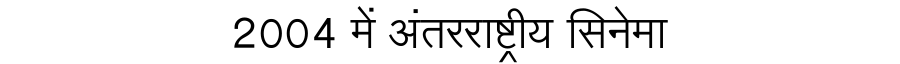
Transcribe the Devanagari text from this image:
2004 में अंतरराष्ट्रीय सिनेमा